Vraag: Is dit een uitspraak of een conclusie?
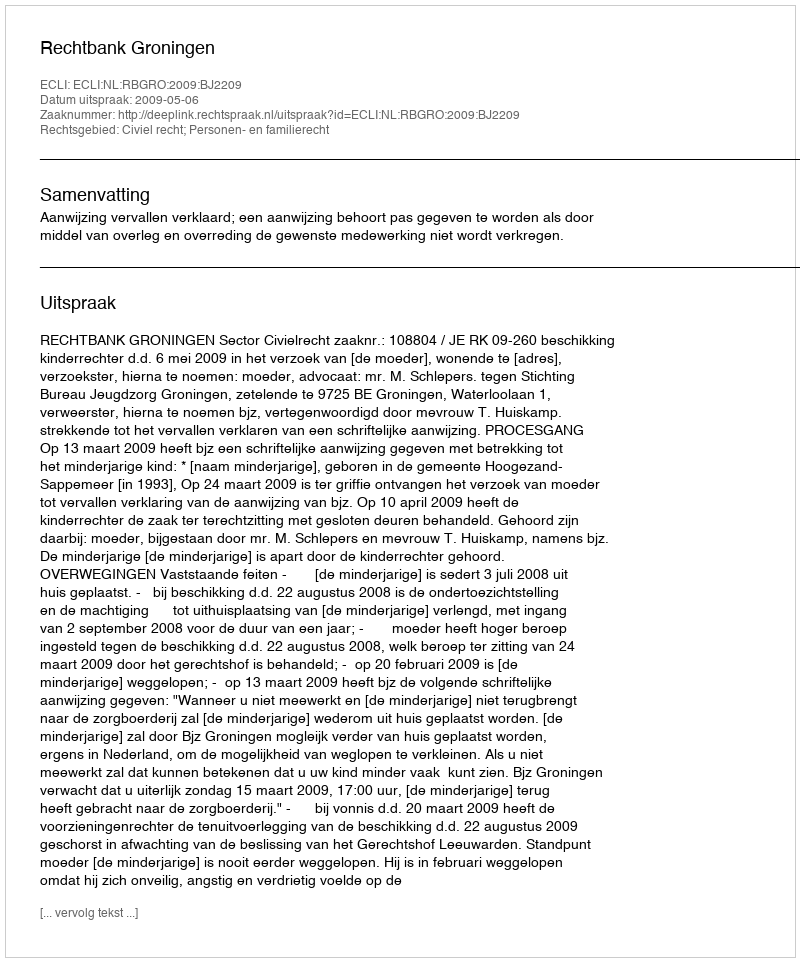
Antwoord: Uitspraak